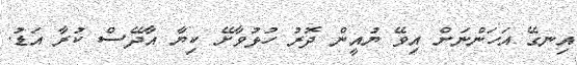
އިނގޭ އަހަންނަށް އިވޭ ޔުއީން ދޮރު ހުޅުވާށޭ ކިޔާ އާދޭސް ކުރާ އަޑު.